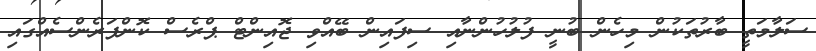
ސަލާމަތީ ބާރުތަކުން މިހެން ބުނީ ފުލުހުންނާއި ސިފައިން ބޭއްވި ޖޮއިންޓް ޕްރެސް ކޮންފަރެންސެއްގައި